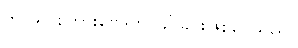
ဘာသာစကားဗေဒဟုခေါ်ခြင်းဖြစ်ပေသည်။